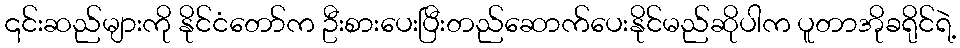
၎င်းဆည်များကို နိုင်ငံတော်က ဦးစားပေးပြီးတည်ဆောက်ပေးနိုင်မည်ဆိုပါက ပူတာအိုခရိုင်ရဲ့